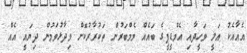
އެއާއެކު އަލީ ވަހީދާއި އެމްޑީޕީގެ ބައެއް މެމްބަރުން ތަކުރާރުކޮށް ވިދާޅުވަމުން ދިޔައީ އެއް